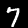
Digit: 7